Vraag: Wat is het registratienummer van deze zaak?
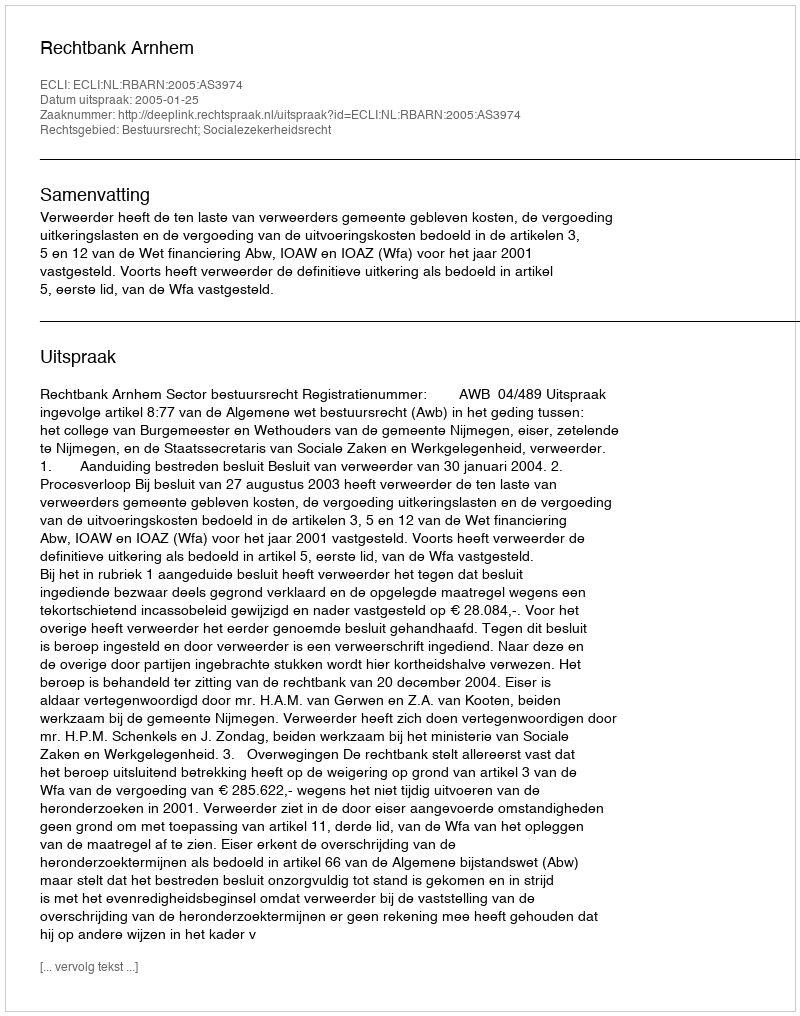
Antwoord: http://deeplink.rechtspraak.nl/uitspraak?id=ECLI:NL:RBARN:2005:AS3974